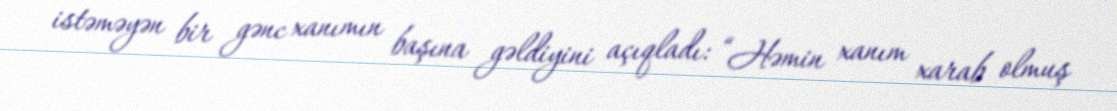
istəməyən bir gənc xanımın başına gəldiyini açıqladı: “Həmin xanım xarab olmuş